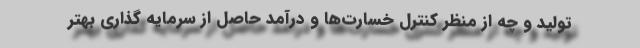
تولید و چه از منظر کنترل خسارت‌ها و درآمد حاصل از سرمایه گذاری بهتر